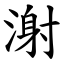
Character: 㴬